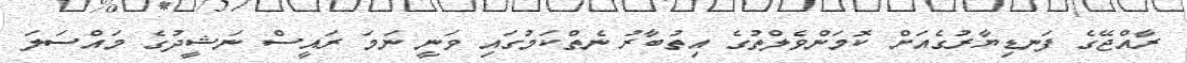
ރާއްޖޭގެ ފަނޑިޔާރުގެއަށް ކޮމަންވެލްތުގެ އިތުބާރު ނެތްކަމުގައި ވަނީ ނަމަ ރައީސް ނަޝީދުގެ މައްސަލަ